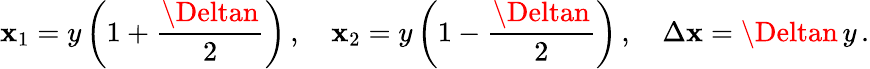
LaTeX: \mathbf{x}_{1}=y\left(1+\frac{{\Deltan}}{{2}}\right)\, ,\quad\mathbf{x}_{2}=y\left(1-\frac{{\Deltan}}{{2}}\right)\, ,\quad\Delta\mathbf{x}=\Deltan\, y\, .